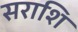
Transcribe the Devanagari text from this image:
सराशि